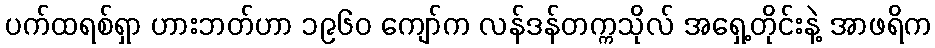
ပက်ထရစ်ရှာ ဟားဘတ်ဟာ ၁၉၆၀ ကျော်က လန်ဒန်တက္ကသိုလ် အရှေ့တိုင်းနဲ့ အာဖရိက